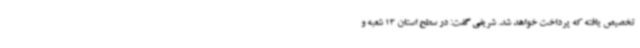
تخصیص یافته که پرداخت خواهد شد. شریفی گفت: در سطح استان 13 شعبه و